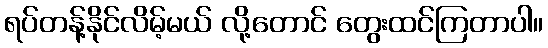
ရပ်တန့်နိုင်လိမ့်မယ် လို့တောင် တွေးထင်ကြတာပါ။